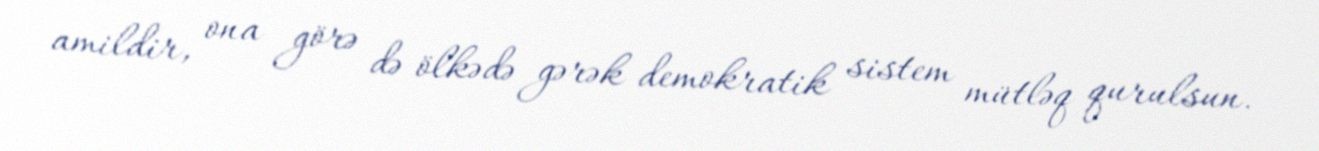
amildir, ona görə də ölkədə gərək demokratik sistem mütləq qurulsun.